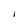
Character: I